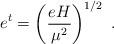
LaTeX: \begin{align*} e^t=\left(\frac{eH}{\mu^2}\right)^{1/2}~.\end{align*}